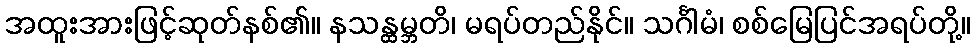
အထူးအားဖြင့်ဆုတ်နစ်၏။ နသန္ထမ္ဘတိ၊ မရပ်တည်နိုင်။ သင်္ဂါမံ၊ စစ်မြေပြင်အရပ်တို့။